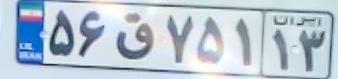
۵۶ق۷۵۱۱۳